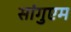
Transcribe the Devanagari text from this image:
सांगुएम